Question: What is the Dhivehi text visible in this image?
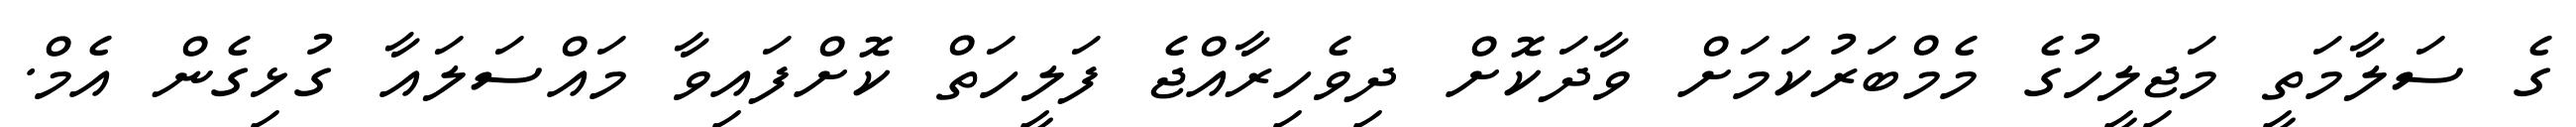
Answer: ގެ ސަލާމަތީ މަޖިލީހުގެ މެމްބަރުކަމަށް ވާދަކޮށް ދިވެހިރާއްޖެ ފަލީހަތް ކޮށްފައިވާ މައްސަލައާ ގުޅިގެން އެމް.